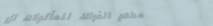
مطعم الفوائد للمأكولات ال